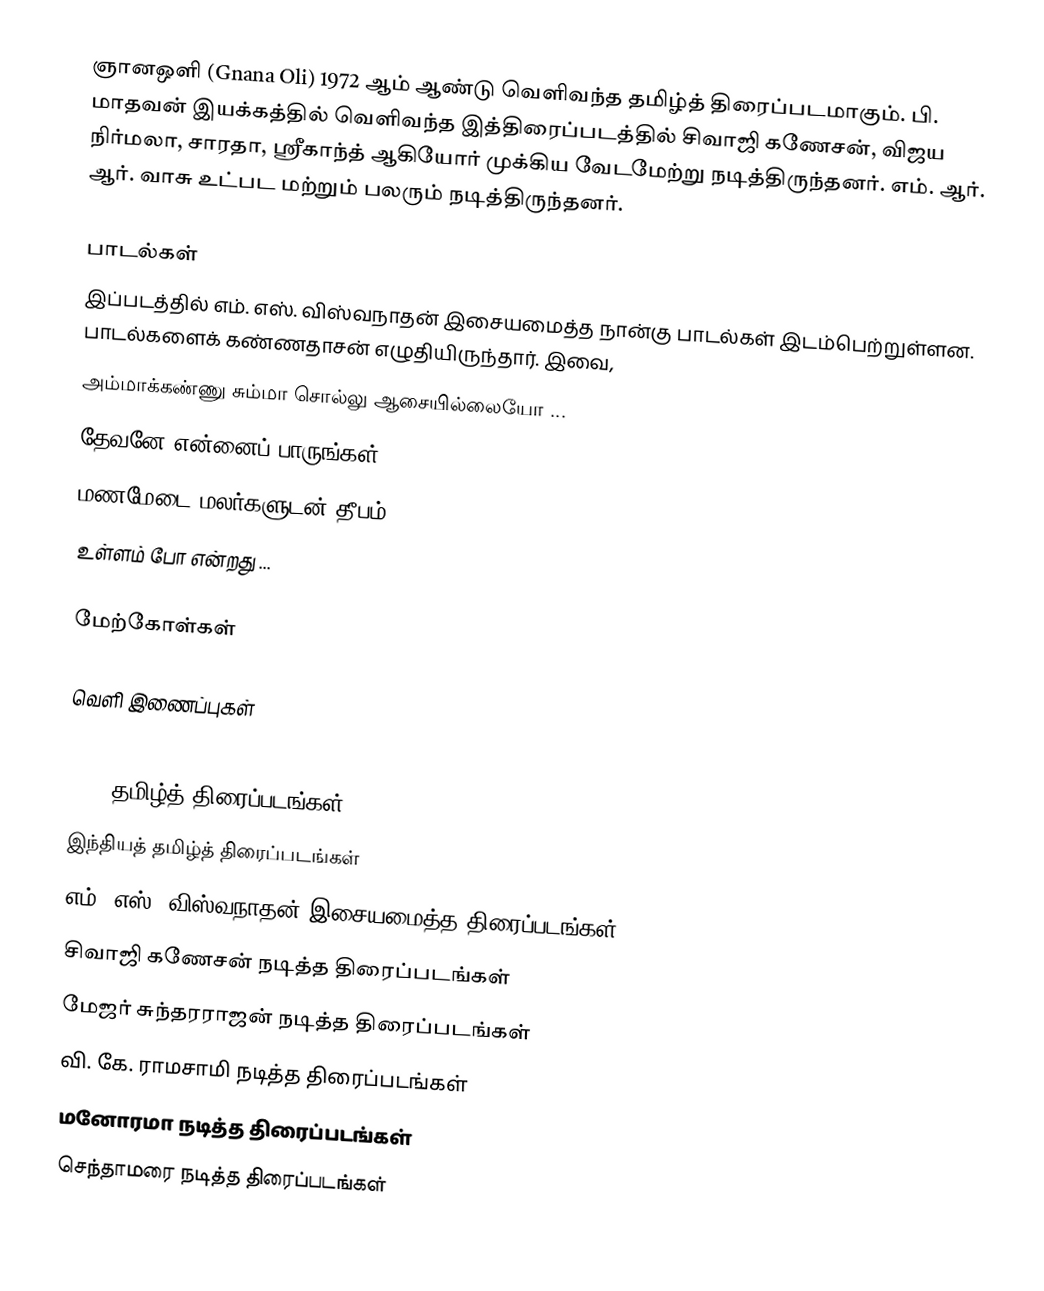
ஞானஒளி (Gnana Oli) 1972 ஆம் ஆண்டு வெளிவந்த தமிழ்த் திரைப்படமாகும். பி. மாதவன் இயக்கத்தில் வெளிவந்த இத்திரைப்படத்தில் சிவாஜி கணேசன், விஜய நிர்மலா, சாரதா, ஸ்ரீகாந்த் ஆகியோர் முக்கிய வேடமேற்று நடித்திருந்தனர். எம். ஆர். ஆர். வாசு உட்பட மற்றும் பலரும் நடித்திருந்தனர்.

பாடல்கள்
இப்படத்தில் எம். எஸ். விஸ்வநாதன் இசையமைத்த நான்கு பாடல்கள் இடம்பெற்றுள்ளன. பாடல்களைக் கண்ணதாசன் எழுதியிருந்தார். இவை,
 அம்மாக்கண்ணு சும்மா சொல்லு ஆசையில்லையோ ...
 தேவனே என்னைப் பாருங்கள் ...
 மணமேடை மலர்களுடன் தீபம் ...
 உள்ளம் போ என்றது ...

மேற்கோள்கள்

வெளி இணைப்புகள்

1972 தமிழ்த் திரைப்படங்கள்
இந்தியத் தமிழ்த் திரைப்படங்கள்
எம். எஸ். விஸ்வநாதன் இசையமைத்த திரைப்படங்கள்
சிவாஜி கணேசன் நடித்த திரைப்படங்கள்
மேஜர் சுந்தரராஜன் நடித்த திரைப்படங்கள்
வி. கே. ராமசாமி நடித்த திரைப்படங்கள்
மனோரமா நடித்த திரைப்படங்கள்
செந்தாமரை நடித்த திரைப்படங்கள்